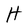
Character: H